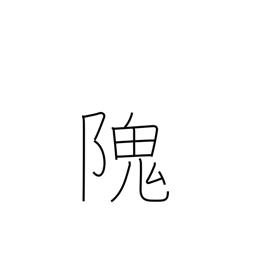
Meaning: steep